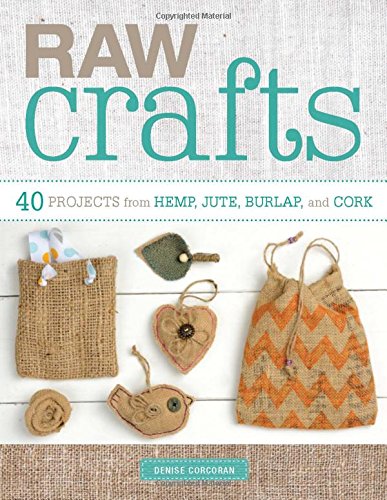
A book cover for Raw Crafts: 40 Projects from Hemp, Jute, Burlap, and Cork; Denise Corcoran; Crafts, Hobbies & Home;